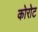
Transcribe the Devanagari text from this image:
कोरोट